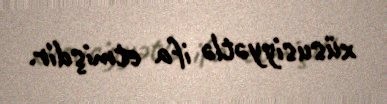
xüsusiyyətlə ifa etmişdir.